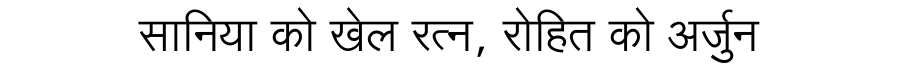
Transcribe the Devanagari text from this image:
सानिया को खेल रत्न, रोहित को अर्जुन